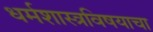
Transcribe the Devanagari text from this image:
धर्मशास्त्रविषयाचा